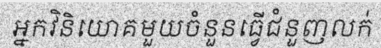
អ្នកវិនិយោគមួយចំនួនធ្វើជំនួញលក់